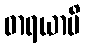
ဓာရယာမိ